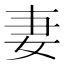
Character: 妻